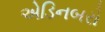
એડિનબરો